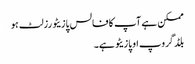
ممکن ہے آپ کا فالس پازیٹو رزلٹ ہو
بلڈ گروپ او پازیٹو ہے۔